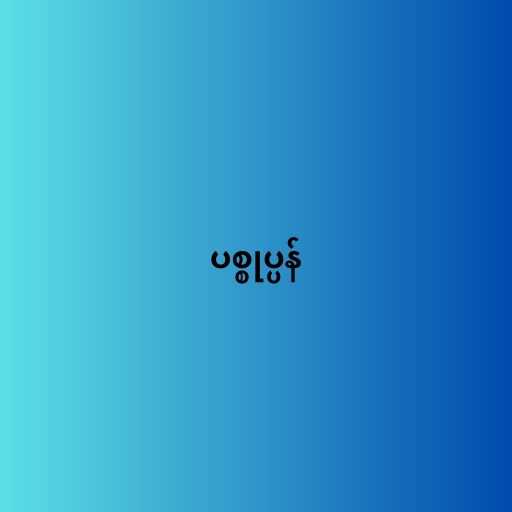
ပစ္စုပ္ပန်